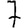
Digit: 7